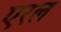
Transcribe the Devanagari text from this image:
एरल